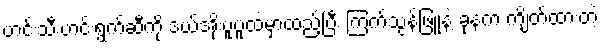
ဟင်းသီးဟင်းရွက်ဆီကို ဒယ်အိုးပူပူထဲမှာထည့်ပြီး ကြက်သွန်ဖြူနဲ့ ခုနက ကျိတ်ထားတဲ့